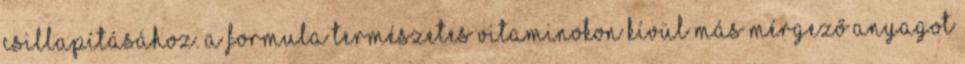
csillapításához. A formula természetes vitaminokon kívül más mérgező anyagot